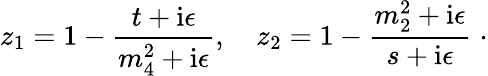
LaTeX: z_{1}=1-\frac{t+\mathrm{i}\epsilon}{m_{4}^{2}+\mathrm{i}\epsilon},~~~~z_{2}=1-\frac{m_{2}^{2}+\mathrm{i}\epsilon}{s+\mathrm{i}\epsilon}\; \cdot